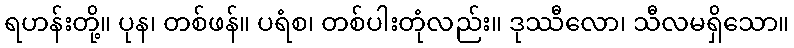
ရဟန်းတို့။ ပုန၊ တစ်ဖန်။ ပရံစ၊ တစ်ပါးတုံလည်း။ ဒုဿီလော၊ သီလမရှိသော။